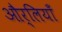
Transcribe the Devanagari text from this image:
और्लियाँ